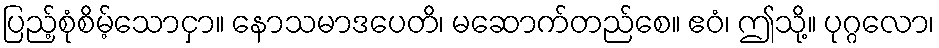
ပြည့်စုံစိမ့်သောငှာ။ နောသမာဒပေတိ၊ မဆောက်တည်စေ။ ဧဝံ၊ ဤသို့။ ပုဂ္ဂလော၊